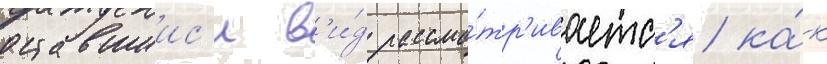
оставшиис'я в'и́д рассма́тр'иваетс'я ка́к